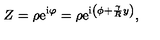
Z = \rho \mathrm { e } ^ { \mathrm { i } \varphi } = \rho \mathrm { e } ^ { \mathrm { i } \left( \phi + { \frac { \gamma } { R } } y \right) } ,